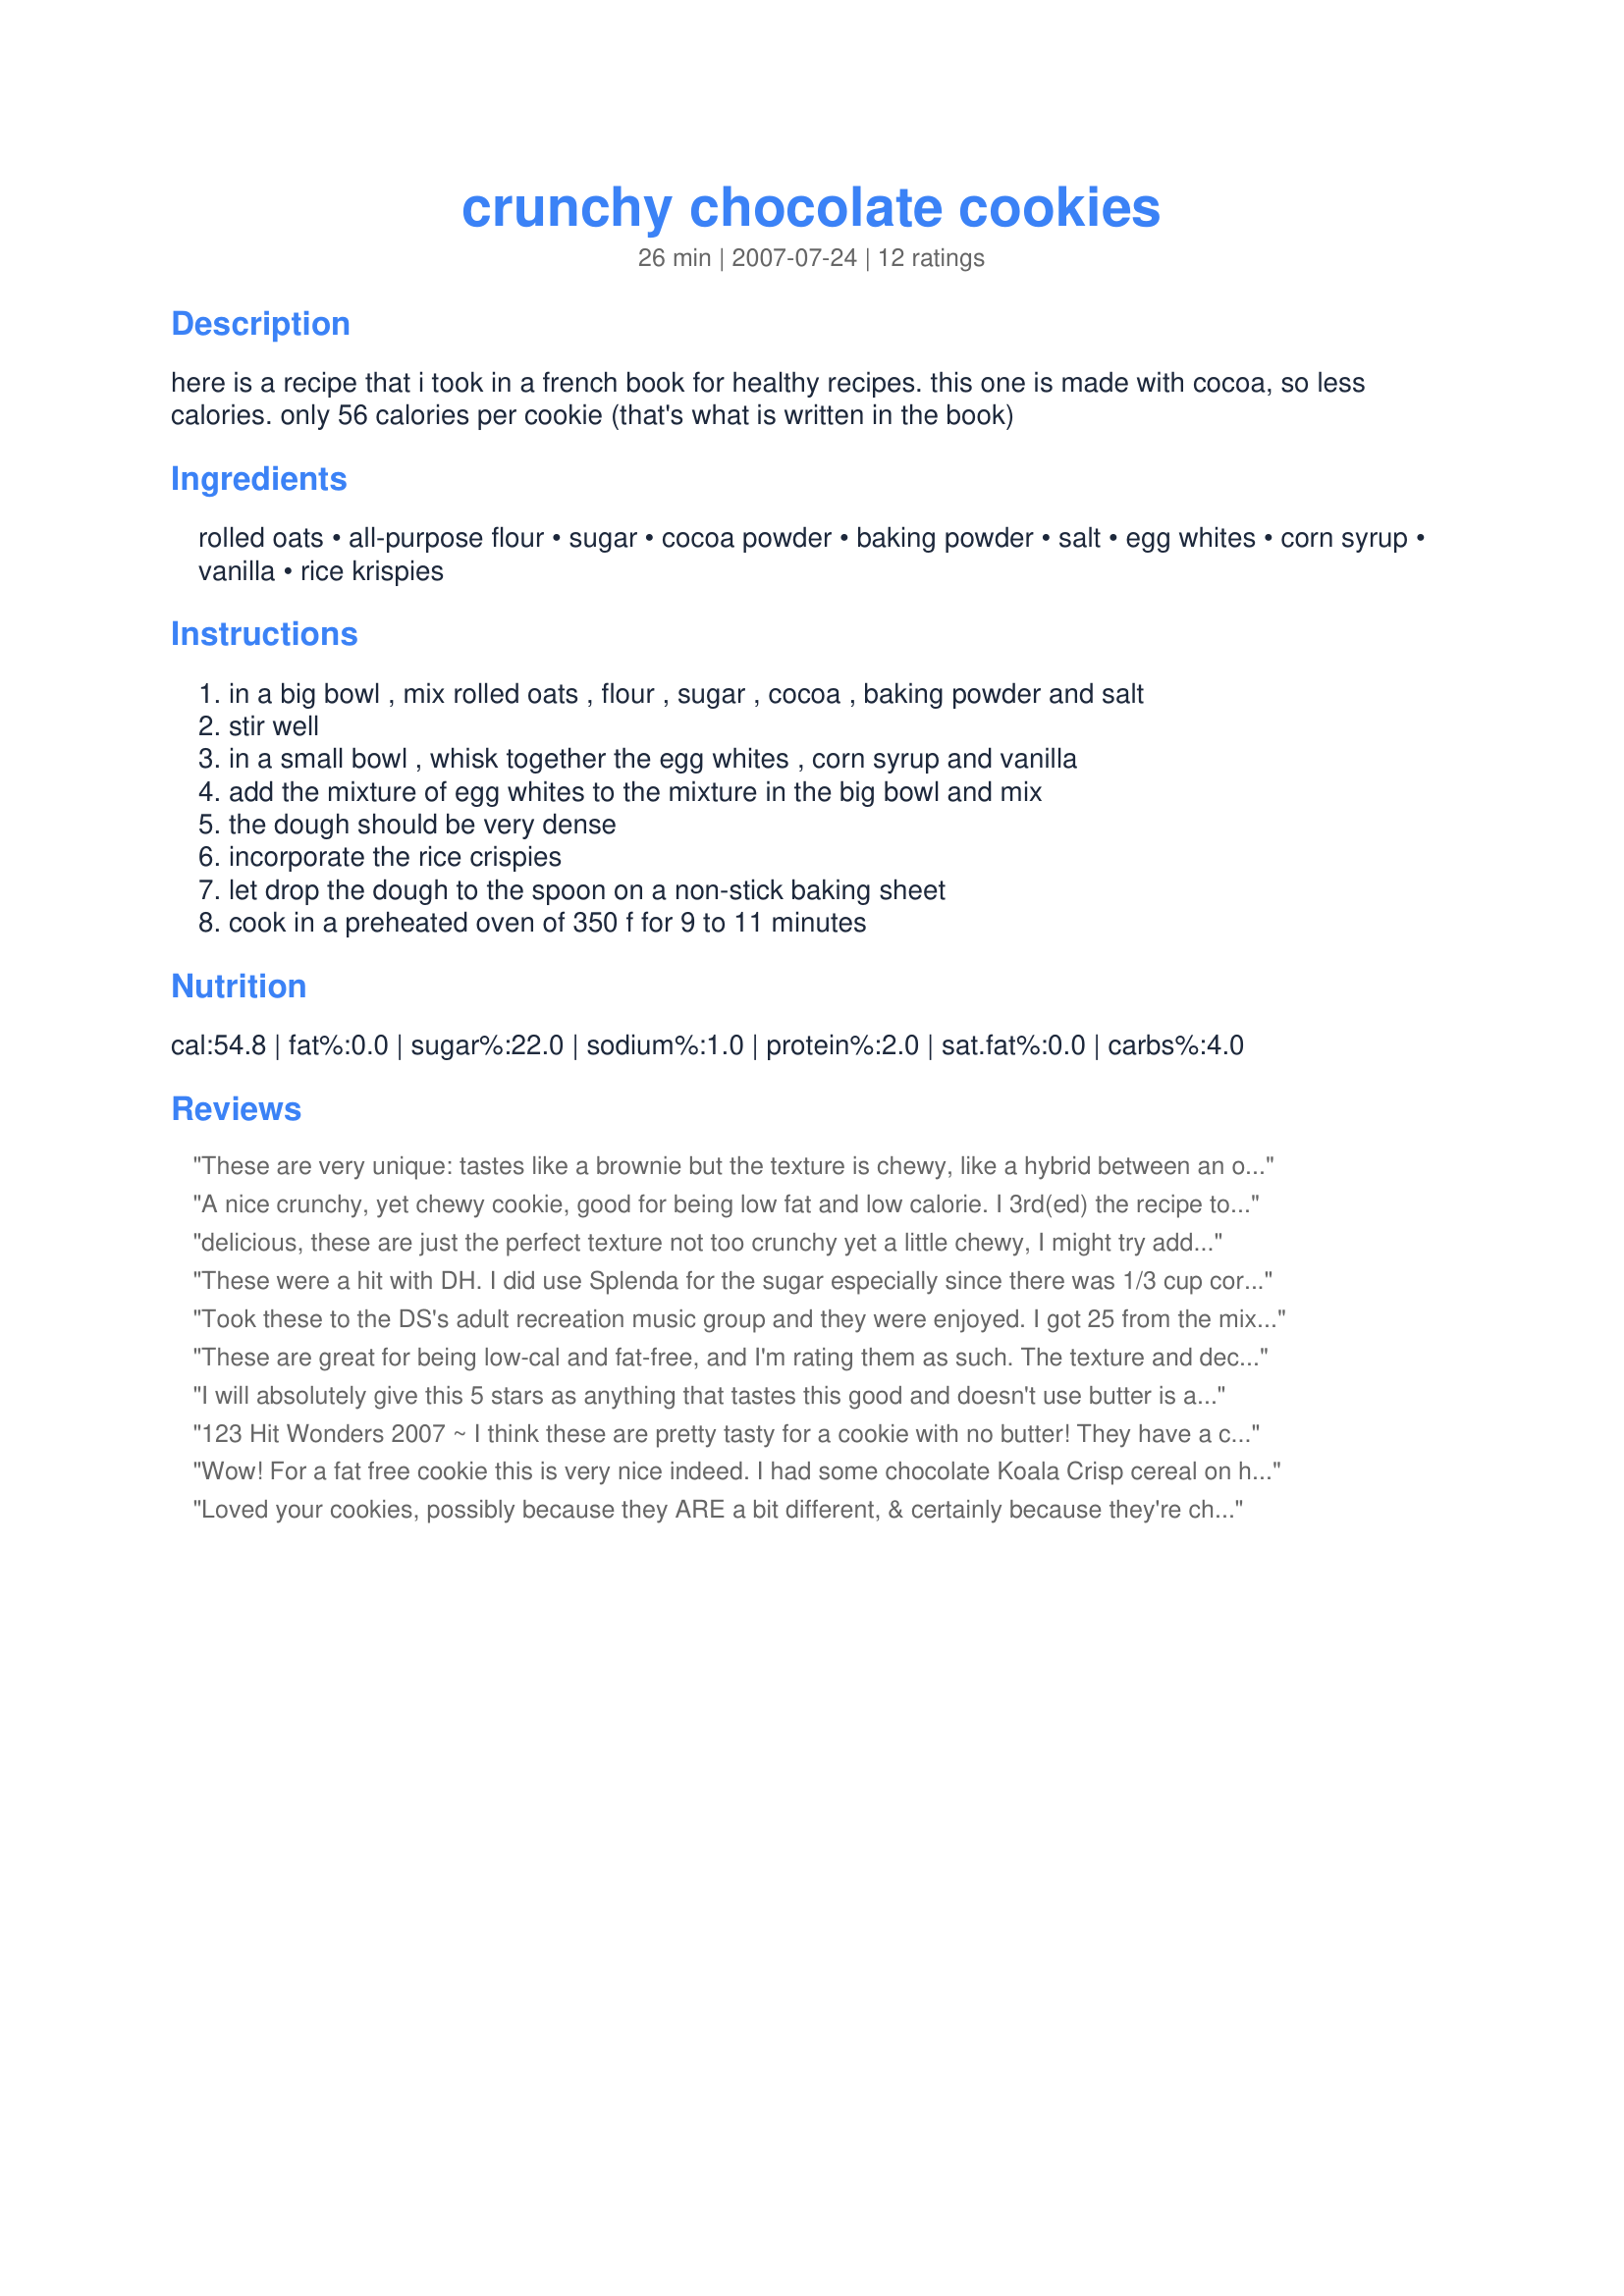
crunchy chocolate cookies
Preparation time: 26 minutes

here is a recipe that i took in a french book for healthy recipes. this one is made with cocoa, so less calories. only 56 calories per cookie (that's what is written in the book)

Ingredients:
rolled oats, all-purpose flour, sugar, cocoa powder, baking powder, salt, egg whites, corn syrup, vanilla, rice krispies

Steps:
in a big bowl , mix rolled oats , flour , sugar , cocoa , baking powder and salt, stir well, in a small bowl , whisk together the egg whites , corn syrup and vanilla, add the mixture of egg whites to the mixture in the big bowl and mix, the dough should be very dense, incorporate the rice crispies, let drop the dough to the spoon on a non-stick baking sheet, cook in a preheated oven of 350 f for 9 to 11 minutes

Reviews:
These are very unique: tastes like a brownie but the texture is chewy, like a hybrid between an oatmeal cookie and rice krispie treat. I enjoyed them, especially that they are FAT FREE (FDA says less than .5 g fat per serving) which is really unusual for something satisfying like this, much more interesting than a boring meringue! DH thought they were just O.K. and we both agreed that they are more chewy than crunchy and need to be rated as far as a fat free cookie not compared to Mrs. Fields. When I make them again they'd be more a snack for myself and not for DH or entertaining, and I'd try to up the healthy factor with whole wheat flour and replace some of the cocoa with chocolate protein powder.
A nice crunchy, yet chewy cookie, good for being low fat and low calorie. I 3rd(ed) the recipe to make 10 cookies (it made 9). It was a nice chocolate fix, but I don't think I'll make them again.
delicious, these are just the perfect texture not too crunchy yet a little chewy, I might try adding in a little peanut butter next time, thanks for sharing Booms!
These were a hit with DH. I did use Splenda for the sugar especially since there was 1/3 cup corn syrup in the cookies. A word of caution for those who use Splenda, I would suggest reducing the amount to 1/2 cup instead of the full 2/3 cup as I got an aftertaste but DH didn't seem to notice. I had no problems mixing the Rice Krispies into the mix. I used a cookie scoop to form these and with damp hands, flattened them slightly which was necessary as they did not spread (maybe again due to the use of a sugar substitute). My yield was approximately 20 cookies. They have a cake center with a crisp crunchy outside.
Took these to the DS's adult recreation music group and they were enjoyed. I got 25 from the mix and they baked at 170C fan forced oven for 12 minutes. The DD tried one not long after they had cooled down and said it was nice and crunchy with a chewy centre, very nice. Thank you Boomette, made for Adopt A Tag.
These are great for being low-cal and fat-free, and I'm rating them as such. The texture and decadence isn't what you get from a full fat, high-cal cookie and I didn't expect it. These are just a really nice treat to have when you want to have a healthier sweet snack. 9 minutes was perfect for mine. Thanks!
I will absolutely give this 5 stars as anything that tastes this good and doesn't use butter is always a plus in my book. I have nothing against butter being used for baking but am always on the lookout for improving my health. You were right about the consistency being very dense and in fact I had to use my hands to incorporate the RK and then dropped by little balls I formed in my (clean) hands. Thanks for this quick, easy and FF recipe. Made for Holiday Beverage Tag 07. p.s..this would be a good recipe for those starting a New Year's Resolution of eating better~
123 Hit Wonders 2007 ~ I think these are pretty tasty for a cookie with no butter! They have a crunchy outside and a chewy inside making for a great combo. A very quick and easy recipe to put together, even though the Rice Krispies are a little tough to mix into the dough. I will probably add these to my Christmas cookie list as my SIL is on a fairly strict diet, and I think she'll appreciate them not having any butter. I got nearly 40 cookies out of this. Thanks Boomette!
Wow! For a fat free cookie this is very nice indeed. I had some chocolate Koala Crisp cereal on hand so I used that in place of the Rice Krispies. I had no difficulty mixing everything together. A very fast recipe to put together.
Loved your cookies, possibly because they ARE a bit different, & certainly because they're chocolate! I followed your recipe but then did a little experimenting with the baking time ~ I took half the cookies out just after the 9 minute limit, & I left the rest of the cookies in for another 2 minutes! I liked them both ways!! Thanks for sharing this keeper! [Tagged, made & reviewed in Zaar Stars Recipe Tag Game]
This is a decent cookie for a low fat no-butter version and I am rating it as such. The dough really is very dense and I found it somewhat difficult to mix it up without using my hands, then ended up for dough enough for 2 cookies stuck to my hands. 9 minutes was good for my oven. Made for Holiday tag.
Gee, wish I would have like these but we sure did not. They tasted like a no bake version but baked, dried out, and kind of mealy. Not really crunch at all. Thanks for the try tho!
